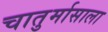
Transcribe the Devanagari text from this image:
चातुर्मासाला